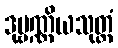
ဒုဗ္ဗဏ္ဏိယသုတ္တံ